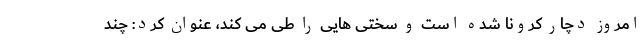
امروز دچار کرونا شده است و سختی هایی را طی می کند، عنوان کرد: چند